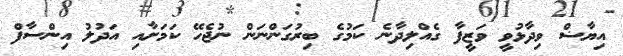
އިޔާޟް ވިދާޅުވީ ވަޒީފާ ގެއްލިދާނެ ކަމުގެ ބިރުގަންނަން ނުޖެހޭ ކަމަށާއި އަދުލު އިންސާފް